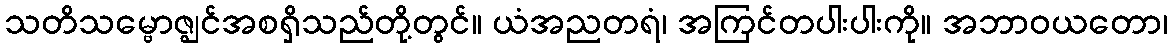
သတိသမ္ဗောဇ္ဈင်အစရှိသည်တို့တွင်။ ယံအညတရံ၊ အကြင်တပါးပါးကို။ အဘာဝယတော၊